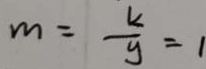
m = \frac { k } { y } = 1